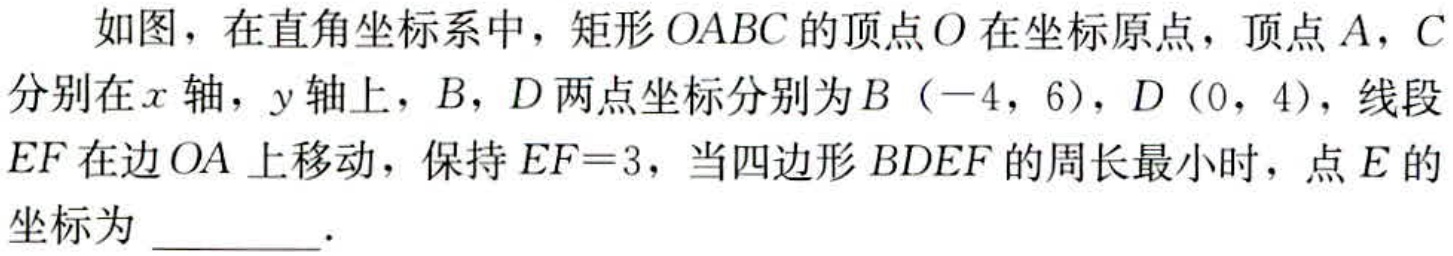
如图，在直角坐标系中，矩形\(OABC\)的顶点\(O\)在坐标原点，顶点\(A\)，\(C\)分别在\(x\)轴，\(y\)轴上，\(B\)，\(D\)两点坐标分别为\(B（-4，6）\)，\(D（0，4）\)，线段\(EF\)在边\(OA\)上移动，保持\(EF = 3\)，当四边形\(BDEF\)的周长最小时，点\(E\)的坐标为 \_\_\_\_\_ ．